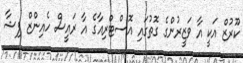
ކޫރުޒް އަކީ އާ ވަޒީރުންގެ ގޮތުގައި އޮސްޓްރިއާގެ އާ ރައީސް ހެއިންޒް ފިޝާ